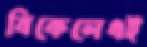
বিকেলেএই